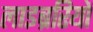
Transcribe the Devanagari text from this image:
लाइब्ररियों